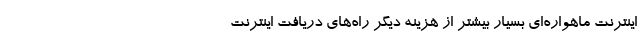
اینترنت ماهواره‌ای بسیار بیشتر از هزینه دیگر راه‌های دریافت اینترنت